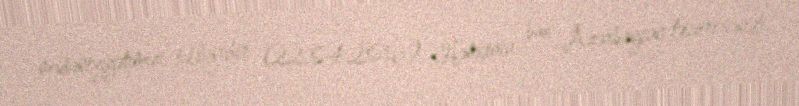
mədəniyyətimizi təbliğ edir (22.04.2016) Həmçinin bax Azərbaycan təsviri sənəti.